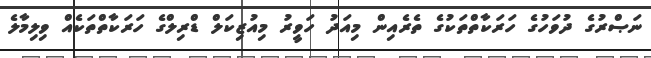
ނަޞްރުގެ ދުވަހުގެ ހަރަކާތްތަކުގެ ތެރެއިން މިއަދު ހަވީރު މިއުޒިކަލް ޑްރިލްގެ ހަރަކާތްތަކެއް ވިލިމާލެ